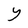
Character: Y